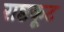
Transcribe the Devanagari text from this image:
राष्टकूट